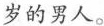
岁的男人。